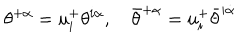
\theta ^ { + \alpha } = u _ { i } ^ { + } \theta ^ { i \alpha } , \quad \bar { \theta } ^ { + \dot { \alpha } } = u _ { i } ^ { + } \bar { \theta } ^ { i \dot { \alpha } }